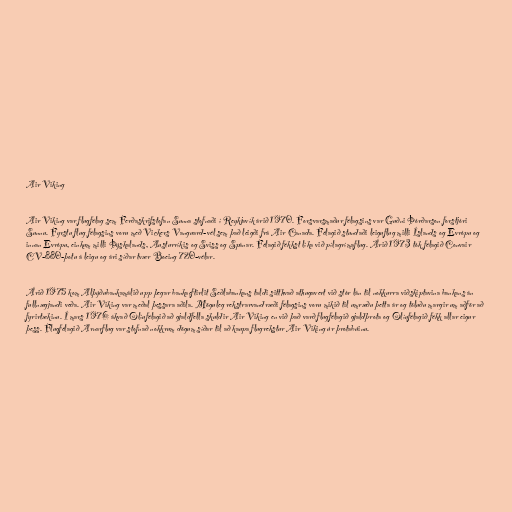
Air Viking

Air Viking var flugfélag sem Ferðaskrifstofan Sunna stofnaði í Reykjavík árið 1970. Forsvarsmaður félagsins var Guðni Þórðarson forstjóri
Sunnu. Fyrstu flug félagsins voru með Vickers Vanguard-vél sem það leigði frá Air Canada. Félagið stundaði leiguflug milli Íslands og Evrópu og
innan Evrópu, einkum milli Þýskalands, Austurríkis og Sviss og Spánar. Félagið fékkst líka við pílagrímaflug. Árið 1973 tók félagið Convair
CV-880-þotu á leigu og ári síðar tvær Boeing 720-vélar.

Árið 1975 kom Alþýðubankamálið upp þegar bankaeftirlit Seðlabankans taldi sitthvað athugavert við stór lán til nokkurra viðskiptavina bankans án
fullnægjandi veða. Air Viking var meðal þessara aðila. Möguleg rekstrarvandræði félagsins voru mikið til umræðu þetta ár og töluðu margir um aðför að
fyrirtækinu. Í mars 1976 ákvað Olíufélagið að gjaldfella skuldir Air Viking en við það varð flugfélagið gjaldþrota og Olíufélagið fékk allar eigur
þess. Flugfélagið Arnarflug var stofnað nokkrum dögum síðar til að kaupa flugrekstur Air Viking úr þrotabúinu.